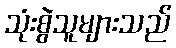
သုံးစွဲသူများသည်